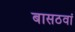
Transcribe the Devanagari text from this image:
बासठवां